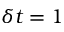
\delta t = 1